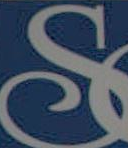
S